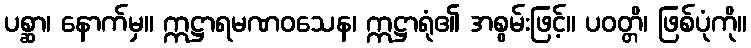
ပစ္ဆာ၊ နောက်မှ။ ဣဋ္ဌာရမဏဝသေန၊ ဣဋ္ဌာရုံ၏ အစွမ်းဖြင့်။ ပဝတ္တိ၊ ဖြစ်ပုံကို။